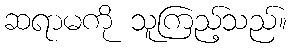
ဆရာမကို သူကြည့်သည်။